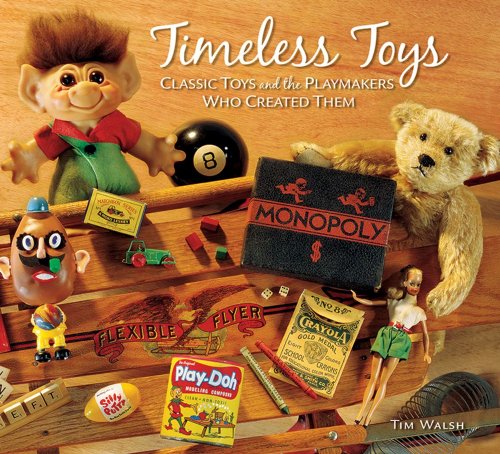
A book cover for Timeless Toys: Classic Toys and the Playmakers Who Created Them; Tim Walsh; Crafts, Hobbies & Home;